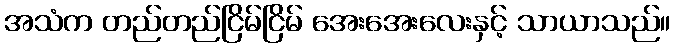
အသံက တည်တည်ငြိမ်ငြိမ် အေးအေးလေးနှင့် သာယာသည်။